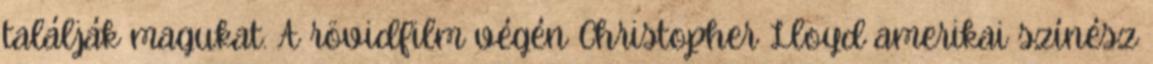
találják magukat. A rövidfilm végén Christopher Lloyd amerikai színész